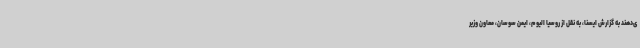
ی‌دهند به گزارش ایسنا، به نقل از روسیا الیوم، ایمن سوسان، معاون وزیر